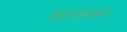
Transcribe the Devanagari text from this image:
कातळाला